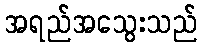
အရည်အသွေးသည်